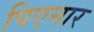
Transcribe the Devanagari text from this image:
पिएनार